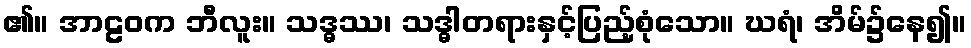
၏။ အာဠဝက ဘီလူး။ သဒ္ဓဿ၊ သဒ္ဓါတရားနှင့်ပြည့်စုံသော။ ဃရံ၊ အိမ်၌နေ၍။